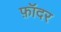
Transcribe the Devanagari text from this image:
फ़ॉदर